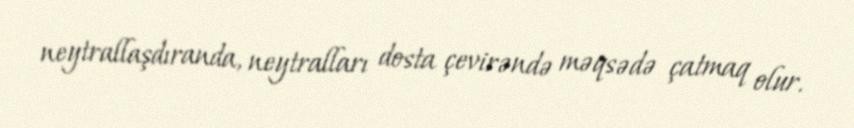
neytrallaşdıranda, neytralları dosta çevirəndə məqsədə çatmaq olur.